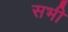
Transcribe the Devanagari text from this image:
सभी